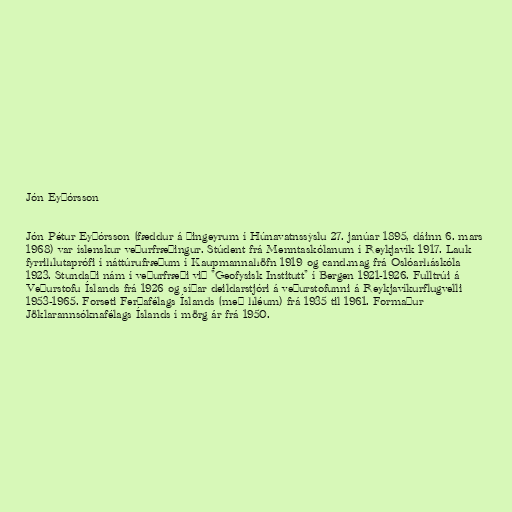
Jón Eyþórsson

Jón Pétur Eyþórsson (fæddur á Þingeyrum í Húnavatnssýslu 27. janúar 1895, dáinn 6. mars
1968) var íslenskur veðurfræðingur. Stúdent frá Menntaskólanum í Reykjavík 1917. Lauk
fyrrihlutaprófi í náttúrufræðum í Kaupmannahöfn 1919 og cand.mag frá Oslóarháskóla
1923. Stundaði nám í veðurfræði við "Geofysisk Institutt" í Bergen 1921-1926. Fulltrúi á
Veðurstofu Íslands frá 1926 og síðar deildarstjóri á veðurstofunni á Reykjavíkurflugvelli
1953-1965. Forseti Ferðafélags Íslands (með hléum) frá 1935 til 1961. Formaður
Jöklarannsóknafélags Íslands í mörg ár frá 1950.